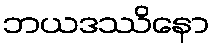
ဘယဒဿိနော